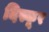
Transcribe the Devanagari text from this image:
दिस्कूर